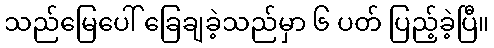
သည်မြေပေါ် ခြေချခဲ့သည်မှာ ၆ ပတ် ပြည့်ခဲ့ပြီ။